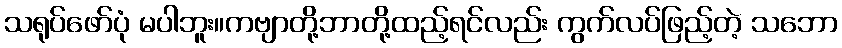
သရုပ်ဖော်ပုံ မပါဘူး။ကဗျာတို့ဘာတို့ထည့်ရင်လည်း ကွက်လပ်ဖြည့်တဲ့ သဘော